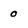
Character: 0